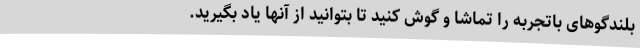
بلندگوهای باتجربه را تماشا و گوش کنید تا بتوانید از آنها یاد بگیرید.